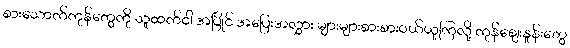
စားသောက်ကုန်တွေကို သူထက်ငါ အပြိုင် အပြေးအလွှား များများစားစားဝယ်ယူကြလို့ ကုန်ဈေးနှုန်းတွေ